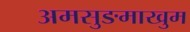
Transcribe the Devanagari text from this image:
अमसुङमाखुम